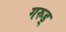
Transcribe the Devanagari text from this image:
गरुड़्